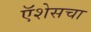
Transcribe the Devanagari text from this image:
ऍशेसचा